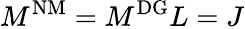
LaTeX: M^{\mathrm{{NM}}}=M^{\mathrm{{DG}}}L=J